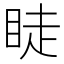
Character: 𥆥